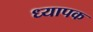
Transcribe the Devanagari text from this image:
ध्यापक